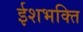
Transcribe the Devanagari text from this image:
ईशभक्ति